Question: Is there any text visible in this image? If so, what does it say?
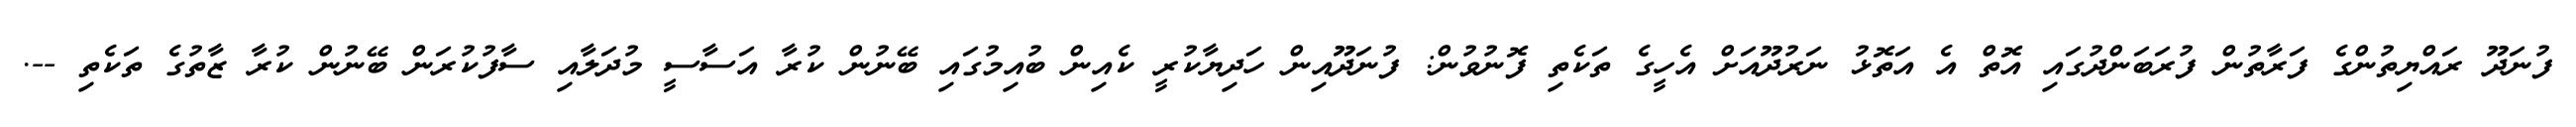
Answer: ފުނަދޫ ރައްޔިތުންގެ ފަރާތުން ފުރަބަންދުގައި އޮތް އެ އަތޮޅު ނަރުދޫއަށް އެހީގެ ތަކެތި ފޮނުވުން: ފުނަދޫއިން ހަދިޔާކުރީ ކެއިން ބުއިމުގައި ބޭނުން ކުރާ އަސާސީ މުދަލާއި ސާފުކުރަން ބޭނުން ކުރާ ޒާތުގެ ތަކެތި --.